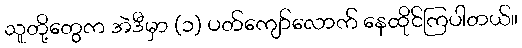
သူတို့တွေက အဲဒီမှာ (၁) ပတ်ကျော်လောက် နေထိုင်ကြပါတယ်။